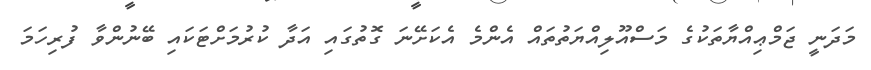
މަދަނީ ޖަމްޢިއްޔާތަކުގެ މަސްއޫލިއްޔަތުތައް އެންމެ އެކަށޭނަ ގޮތުގައި އަދާ ކުރުމަށްޓަކައި ބޭނުންވާ ފުރިހަމަ